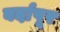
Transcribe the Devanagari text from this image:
बर्दापूर